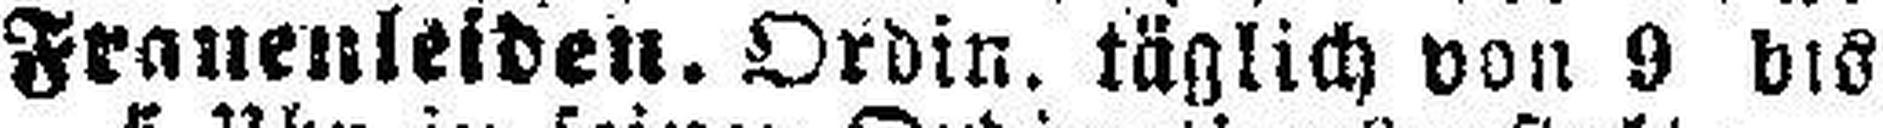
Frauenleiden. Ordin. täglich von 9 bis